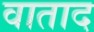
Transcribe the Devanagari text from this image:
वाताद